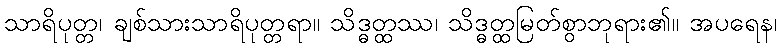
သာရိပုတ္တ၊ ချစ်သားသာရိပုတ္တရာ။ သိဒ္ဓတ္ထဿ၊ သိဒ္ဓတ္ထမြတ်စွာဘုရား၏။ အပရေန၊